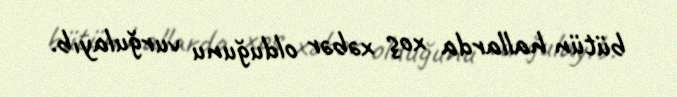
bütün hallarda xoş xəbər olduğunu vurğulayıb.